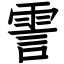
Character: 霅